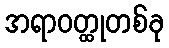
အရာဝတ္ထုတစ်ခု